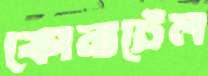
কোনাটেল